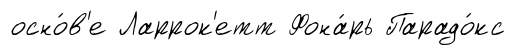
осно́в'е Ларрок'етт Фона́рь Парадо́кс